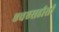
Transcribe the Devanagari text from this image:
एचएसडीसी